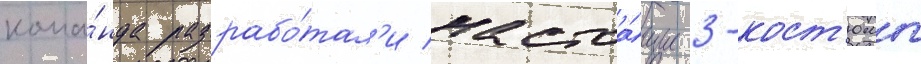
кома́нда разрабо́тал'и настоа́щие 3-кост'юмы